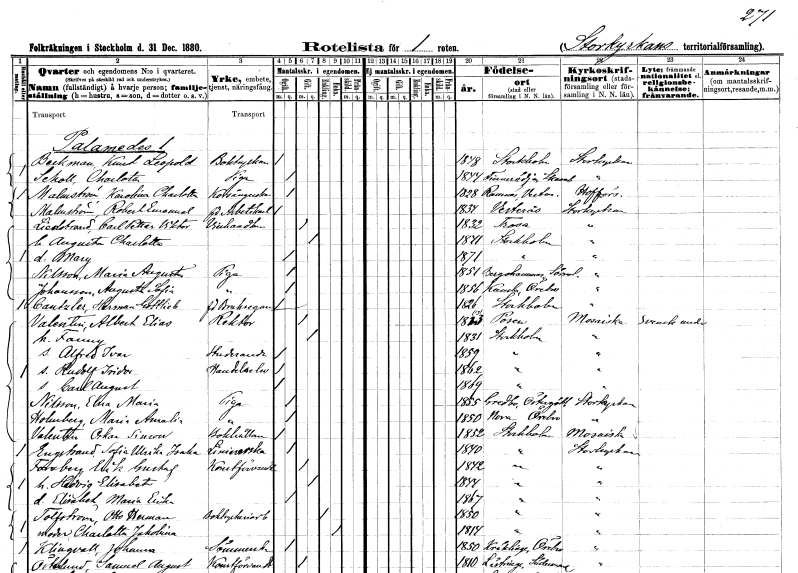
gt_parse: households: individuals: FN: Knut Leopold
EN: Beckman
YRKE: Boktryckare
KON: M
CIV: O
FODAR: 1848
FODFORS: Stockholm
FN: Charlotta
EN: Scholl
YRKE: Piga
KON: K
CIV: O
FODAR: 1844
FODFORS: Finnerödja Örebro län
FN: Karolina Charlotta
EN: Malmström
YRKE: Korsångerska
KON: K
CIV: O
FODAR: 1828
FODFORS: Ramnäs Västmanlands län
FN: Robert Emanuel
EN: Malmström
YRKE: Arbetskarl f.d.
KON: M
CIV: O
FODAR: 1834
FODFORS: Västerås Västmanlands län
FN: Carl Petter Viktor
EN: Liedstrand
YRKE: Vinhandlare
KON: M
CIV: G
FODAR: 1832
FODFORS: Trosa Södermanlands län
FN: Augusta Charlotta
KON: K
CIV: G
FODAR: 1841
FODFORS: Stockholm
FN: Mary
KON: K
CIV: O
FODAR: 1871
FODFORS: Stockholm
FN: Maria Augusta
EN: Nilsson
YRKE: Piga
KON: K
CIV: O
FODAR: 1821
FODFORS: Bergshammar Södermanlands län
FN: Augusta Sofia
EN: Johansson
YRKE: Piga
KON: K
CIV: O
FODAR: 1856
FODFORS: Kumla Örebro län
FN: Herman Gottlieb
EN: Canzler
YRKE: Bruksägare f.d.
KON: M
CIV: O
FODAR: 1826
FODFORS: Stockholm
FN: Albert Elias
EN: Valentin
YRKE: Rektor
KON: M
CIV: G
FODAR: 1813
FN: Fanny
KON: K
CIV: G
FODAR: 1831
FODFORS: Stockholm
FN: Alfred Ivar
YRKE: Studerande
KON: M
CIV: O
FODAR: 1859
FODFORS: Stockholm
FN: Rudolf Isidor
YRKE: Handelselev
KON: M
CIV: O
FODAR: 1862
FODFORS: Stockholm
FN: Carl August
KON: M
CIV: O
FODAR: 1869
FODFORS: Stockholm
FN: Elna Maria
EN: Nilsson
YRKE: Piga
KON: K
CIV: O
FODAR: 1855
FODFORS: Grebo Östergötlands län
FN: Maria Amalia
EN: Holmberg
YRKE: Piga
KON: K
CIV: O
FODAR: 1850
FODFORS: Nora Örebro län
FN: Oskar Simon
EN: Valentin
YRKE: Bokhållare
KON: M
CIV: O
FODAR: 1852
FODFORS: Stockholm
FN: Sofia Ulrika Isaka
EN: Engstrand
YRKE: Liniererska
KON: K
CIV: O
FODAR: 1840
FODFORS: Stockholm
FN: Erik Gustaf
EN: Forsberg
YRKE: Konstförvandt
KON: M
CIV: G
FODAR: 1842
FODFORS: Stockholm
FN: Hedvig Elisabet
KON: K
CIV: G
FODAR: 1844
FODFORS: Stockholm
FN: Elisabet Maria Erika
KON: K
CIV: O
FODAR: 1867
FODFORS: Stockholm
FN: Otto Herman
EN: Tolfström
YRKE: Boktryckeriarbetare
KON: M
CIV: E
FODAR: 1850
FODFORS: Stockholm
FN: Charlotta Jakobina
KON: K
CIV: E
FODAR: 1814
FODFORS: Stockholm